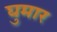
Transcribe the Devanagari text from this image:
घुमार